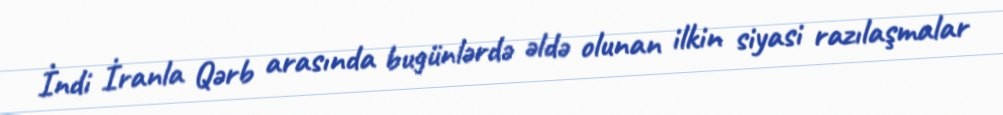
İndi İranla Qərb arasında bugünlərdə əldə olunan ilkin siyasi razılaşmalar